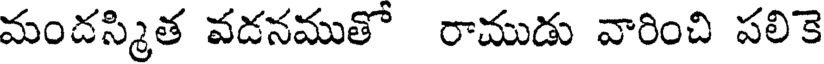
మందస్మిత వడనముతో రాముడు వారించి పలికె